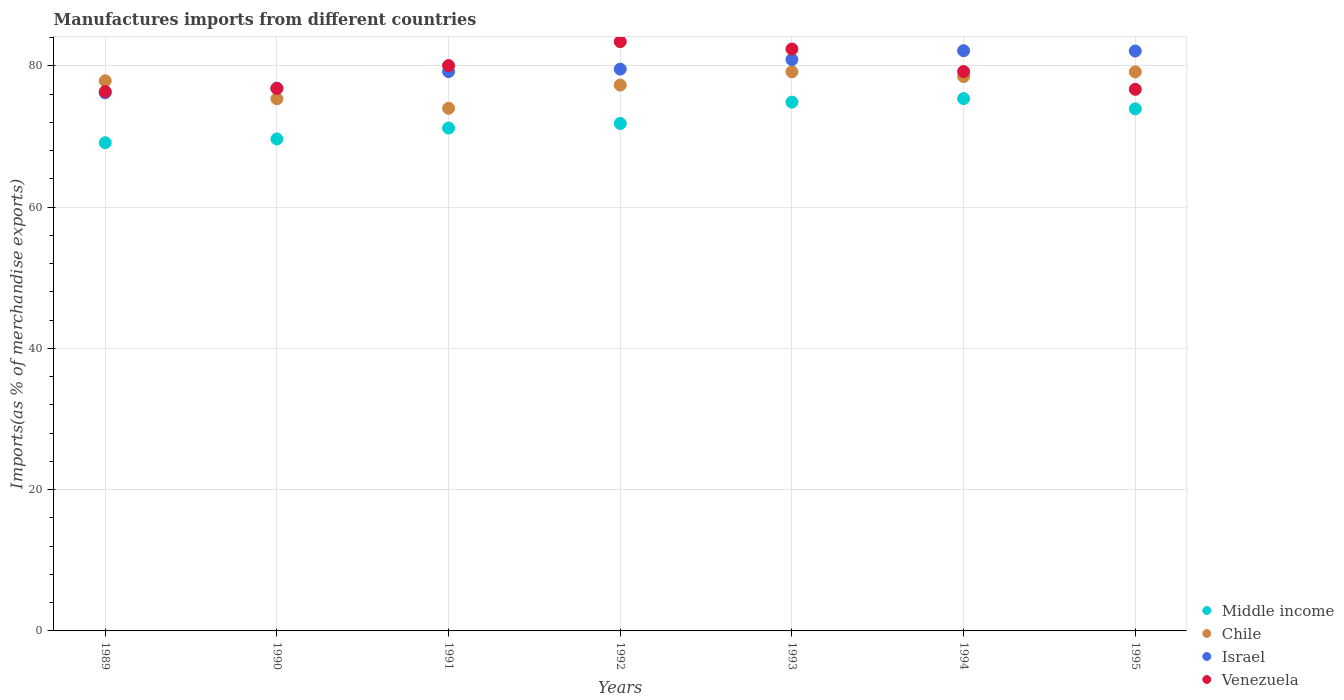
| Years | Middle income | Chile | Israel | Venezuela |
 | --- | --- | --- | --- | --- |
 | 1989 | 69.1 | 77.9 | 76.2 | 76.4 |
 | 1990 | 69.6 | 75.3 | 76.8 | 76.8 |
 | 1991 | 71.2 | 74 | 79.2 | 80 |
 | 1992 | 71.8 | 77.3 | 79.5 | 83.4 |
 | 1993 | 74.9 | 79.2 | 80.9 | 82.4 |
 | 1994 | 75.4 | 78.5 | 82.1 | 79.2 |
 | 1995 | 73.9 | 79.1 | 82.1 | 76.7 |